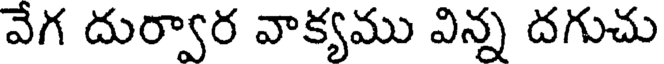
వేగ దుర్వార వాక్యము విన్న దగుచు